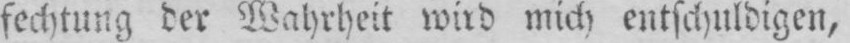
fechtung der Wahrheit wird mich entschuldigen,